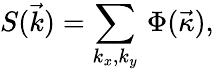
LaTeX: S(\vec{k})=\sum_{k_{x},k_{y}}\, \Phi(\vec{\kappa}),